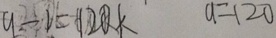
a - 1 = 1 2 0 k a = 1 2 0